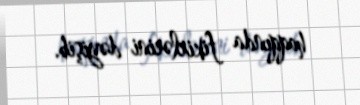
haqqında fikirlərini dəyişib.